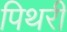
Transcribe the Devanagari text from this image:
पिथरी